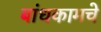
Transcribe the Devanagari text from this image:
बांधकामचे